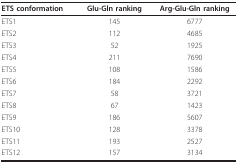
| ETS conformation | Glu-Gln ranking | Arg-Glu-Gln ranking |
 | --- | --- | --- |
 | ETS1 | 145 | 6777 |
 | ETS2 | 112 | 4685 |
 | ETS3 | 52 | 1925 |
 | ETS4 | 211 | 7690 |
 | ETS5 | 108 | 1586 |
 | ETS6 | 184 | 2292 |
 | ETS7 | 58 | 3721 |
 | ETS8 | 67 | 1423 |
 | ETS9 | 186 | 5607 |
 | ETS10 | 128 | 3378 |
 | ETS11 | 193 | 2527 |
 | ETS12 | 157 | 3134 |